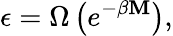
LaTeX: \epsilon=\Omega\left(e^{-\beta\mathbf{M}}\right),